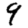
Digit: 9